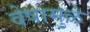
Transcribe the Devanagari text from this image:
वेषामुळे